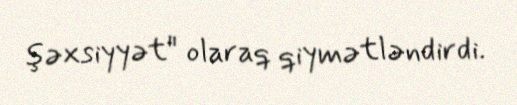
şəxsiyyət" olaraq qiymətləndirdi.